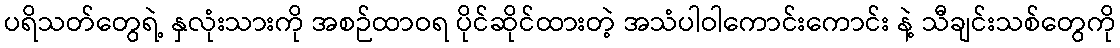
ပရိသတ်တွေရဲ့ နှလုံးသားကို အစဉ်ထာဝရ ပိုင်ဆိုင်ထားတဲ့ အသံပါဝါကောင်းကောင်း နဲ့ သီချင်းသစ်တွေကို